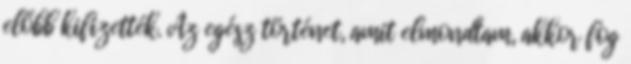
előbb kifizették. Az egész történet, amit elmondtam, akkor fog